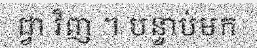
ជ្វា វិញ ។ បន្ទាប់មក